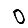
Digit: 0